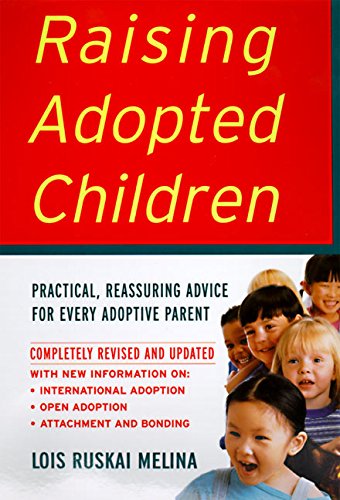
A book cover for Raising Adopted Children, Revised Edition: Practical Reassuring Advice for Every Adoptive Parent; Lois Ruskai Melina; Parenting & Relationships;